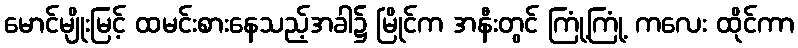
မောင်မျိုးမြင့် ထမင်းစားနေသည့်အခါ၌ မြိုင်က အနီးတွင် ကြုံ့ကြုံ့ ကလေး ထိုင်ကာ